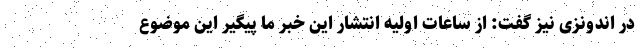
در اندونزی نیز گفت: از ساعات اولیه انتشار این خبر ما پیگیر این موضوع